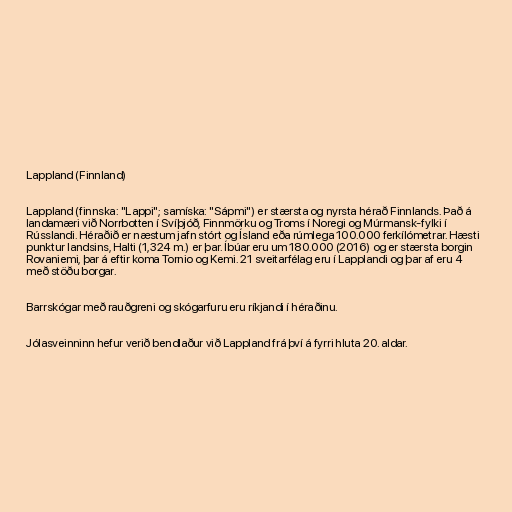
Lappland (Finnland)

Lappland (finnska: "Lappi"; samíska: "Sápmi") er stærsta og nyrsta hérað Finnlands. Það á
landamæri við Norrbotten í Svíþjóð, Finnmörku og Troms í Noregi og Múrmansk-fylki í
Rússlandi. Héraðið er næstum jafn stórt og Ísland eða rúmlega 100.000 ferkílómetrar. Hæsti
punktur landsins, Halti (1,324 m.) er þar. Íbúar eru um 180.000 (2016) og er stærsta borgin
Rovaniemi, þar á eftir koma Tornio og Kemi. 21 sveitarfélag eru í Lapplandi og þar af eru 4
með stöðu borgar.

Barrskógar með rauðgreni og skógarfuru eru ríkjandi í héraðinu.

Jólasveinninn hefur verið bendlaður við Lappland frá því á fyrri hluta 20. aldar.